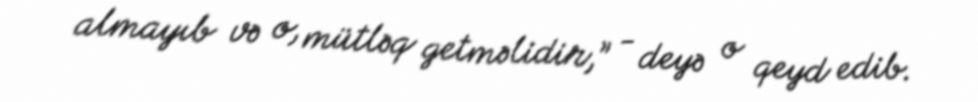
almayıb və o, mütləq getməlidir,” - deyə o qeyd edib.